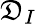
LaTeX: \mathfrak{D}_{I}